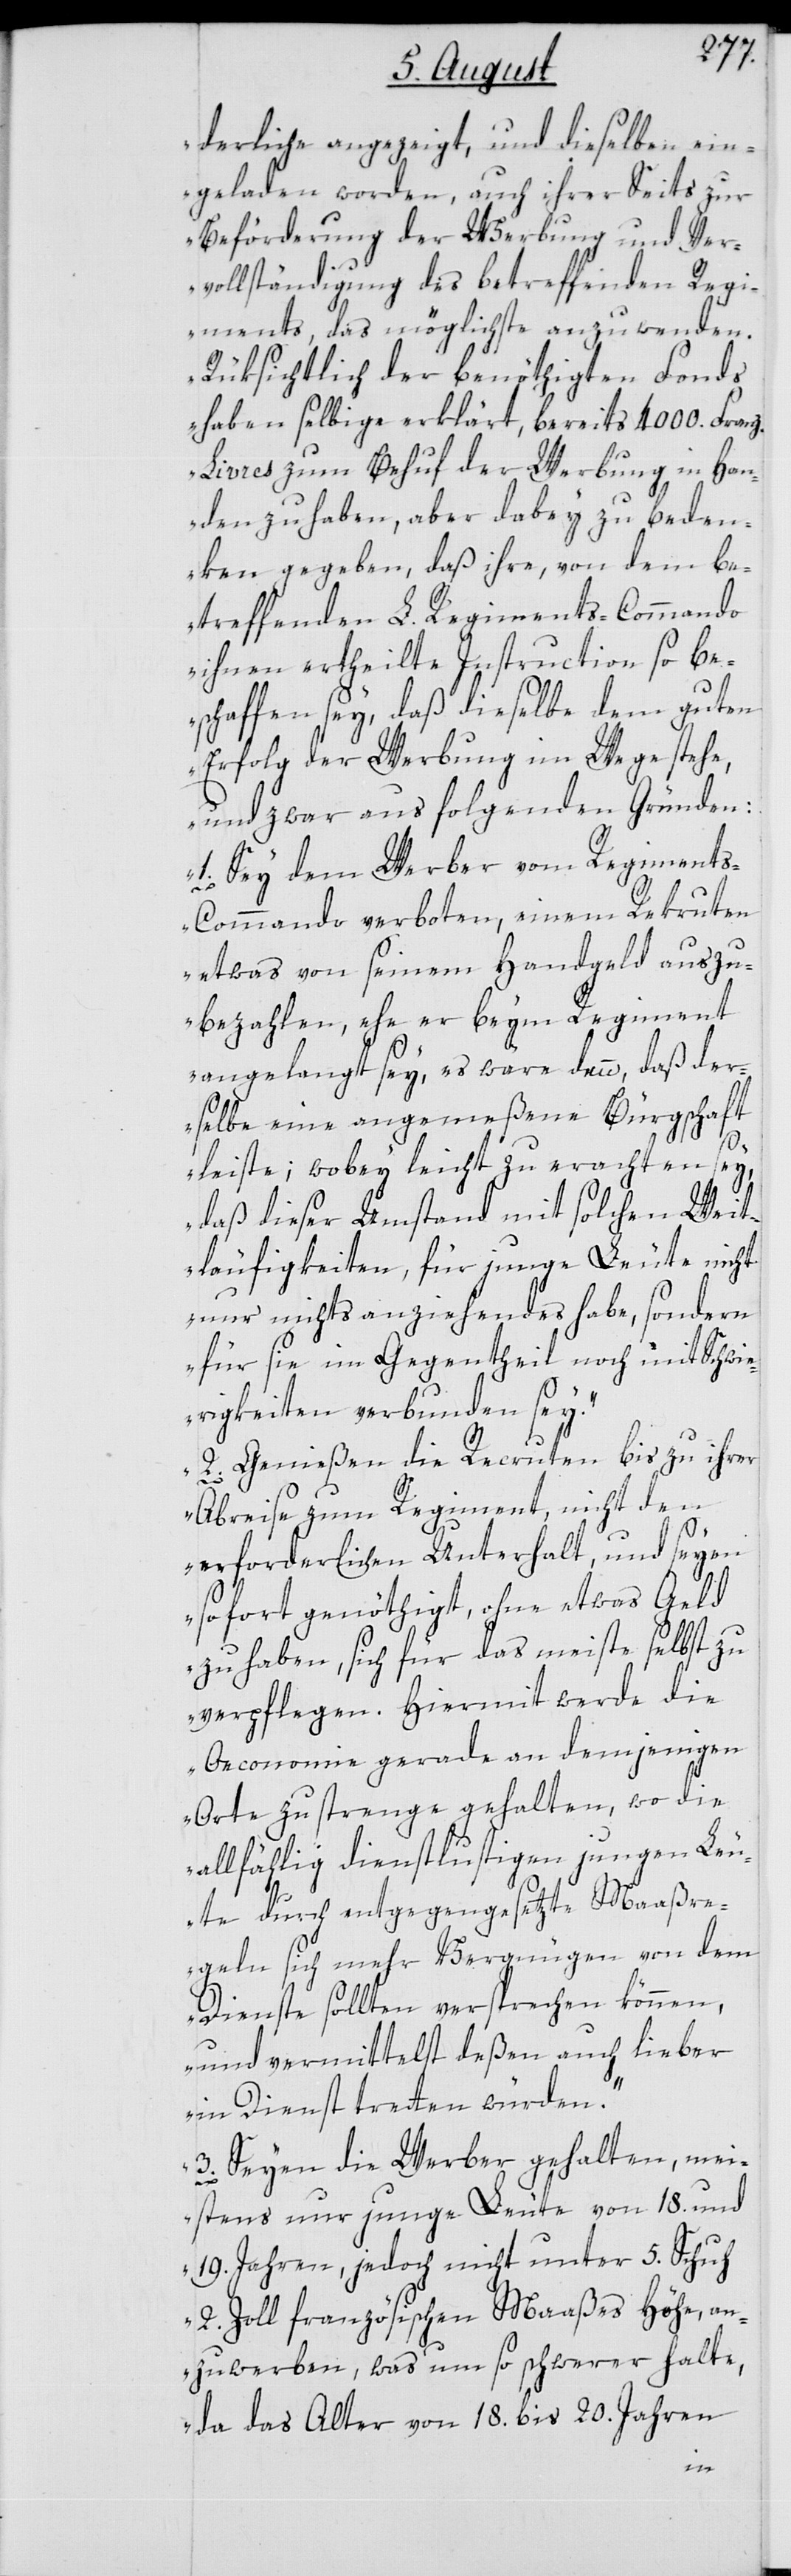
derliche angezeigt, und dieselben ein¬
geladen worden, auch ihrer Seits zur
Beförderung der Werbung und Ver¬
vollständigung des betreffenden Regi¬
ments, das möglichste anzuwenden.
Rüksichtlich der benöthigten Fonds
haben selbige erklärt, bereits 4000 Franz.
Livres zum Behuf der Werbung in Han¬
den zu haben, aber dabey zu beden¬
ken gegeben, daß ihre, von dem be¬
treffenden L. Regiments-Commando
ihnen ertheilte Instruction so be¬
schaffen sey, daß dieselbe dem guten
Erfolg der Werbung im Wege stehe,
und zwar aus folgenden Gründen:
1. Sey dem Werber vom Regiment¬
s-Commando verboten, einem Rekruten
etwas von seinem Handgeld auszu¬
bezahlen, ehe er beym Regiment
5.
angelangt sey, es wäre dann, daß der¬
selbe eine angemeßene Bürgschaft
leiste; wobey leicht zu erachten sey,
daß dieser Umstand mit solchen Weit¬
läufigkeiten, für junge Leute nicht
nur nichts anziehendes habe, sondern
für sie im Gegentheil noch mit Schwie¬
rigkeiten verbunden sey.
2. Genießen die Recruten bis zu ihrer
Abreise zum Regiment, nicht den
erforderlichen Unterhalt, und seyen
sofort genöthigt, ohne etwas Geld
zu haben, sich für das meiste selbst zu
verpflegen. Hiermit werde die
Oeconomie gerade an demjenigen
Orte zu strenge gehalten, wo die
allfählig dienstlustigen jungen Leu¬
te durch entgegengesetzte Maaßre¬
geln sich mehr Vergnügen von dem
Dienste sollten versprechen können,
und vermittelst deßen auch lieber
in Dienst tretten würden.
3. Seyen die Werber gehalten, mei¬
stens nur junge Leute von 18. und
2. Zoll französischen Maaßes Höhe, an¬
zuwerben, was umso schwerer halte,
da das Alter von 18. bis 20. Jahren